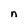
Character: n